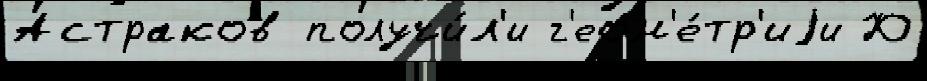
Астраков получи́л'и г'еом'е́тр'иjи Ю